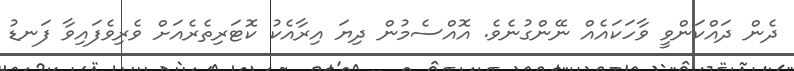
ދެން ދައްކަންވީ ވާހަކައެއް ނޭންގުނެވެ. އޮއްސެމުން ދިޔަ އިރާއެކު ކޮޓަރިތެރެއަށް ވެރިވެފައިވާ ފަނޑު